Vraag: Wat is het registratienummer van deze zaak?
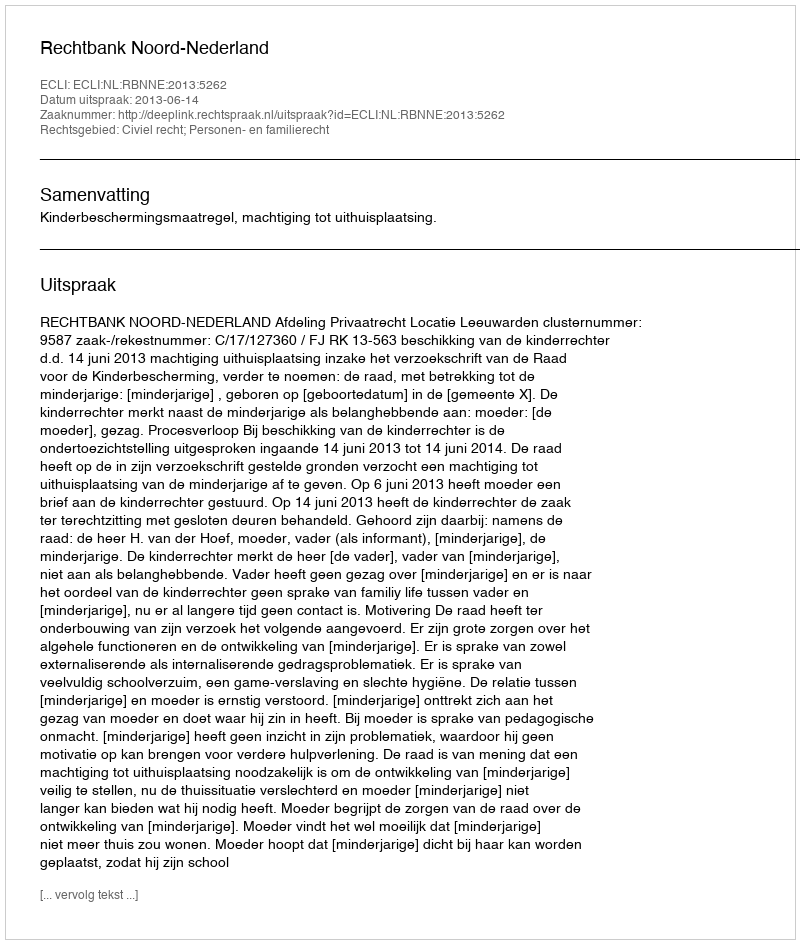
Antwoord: http://deeplink.rechtspraak.nl/uitspraak?id=ECLI:NL:RBNNE:2013:5262